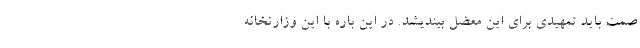
صمت باید تمهیدی برای این معضل بیندیشد. در این باره با این وزارتخانه